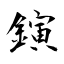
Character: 鏔